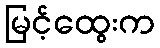
မြင့်ထွေးက